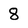
Character: 8